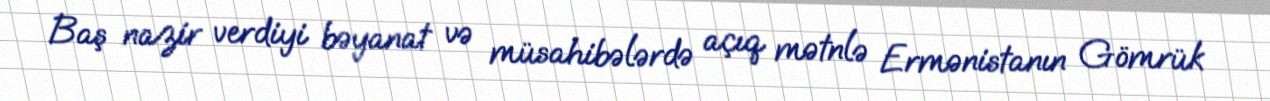
Baş nazir verdiyi bəyanat və müsahibələrdə açıq mətnlə Ermənistanın Gömrük